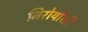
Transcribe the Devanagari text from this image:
निरोयोशी